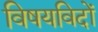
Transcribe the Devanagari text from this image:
विषयविदों